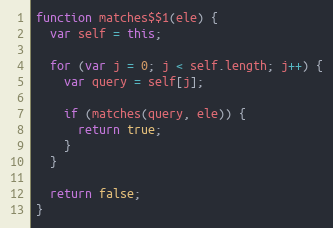
Language: JavaScript
function matches$$1(ele) {
  var self = this;

  for (var j = 0; j < self.length; j++) {
    var query = self[j];

    if (matches(query, ele)) {
      return true;
    }
  }

  return false;
}